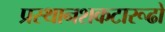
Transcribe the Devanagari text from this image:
प्रस्थानशकटारूढो